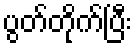
ပွတ်တိုက်ပြီး